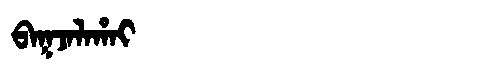
Manchu: ᠪᠠᡴᠵᠠᠯᠠᡥᠠᡳ
Romanization: BAKJALAHAI